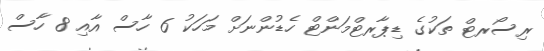
ރިސޯރޓް ތަކުގެ ޑިޕާރޓްމަންޓް ހެޑުންނަށް މަހަކު 6 ހާސް އާއި 8 ހާސް